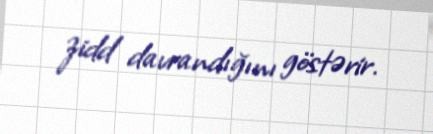
zidd davrandığını göstərir.